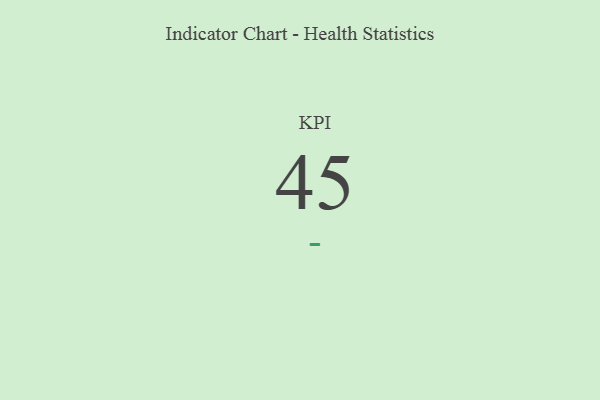
{"axis": {"x": "KPI", "y": "Value"}, "legend": [""], "data": [{"x": "KPI", "y": 45, "type": ""}]}